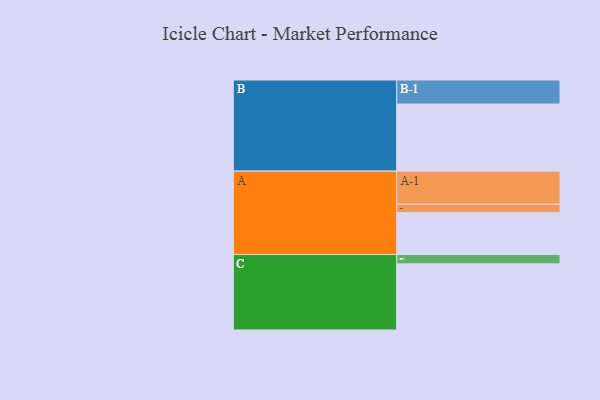
{"axis": {"x": "Segment", "y": "Value"}, "legend": ["", "A", "B", "C"], "data": [{"x": "A", "y": 348, "type": ""}, {"x": "B", "y": 556, "type": ""}, {"x": "C", "y": 548, "type": ""}, {"x": "A-1", "y": 274, "type": "A"}, {"x": "A-2", "y": 69, "type": "A"}, {"x": "B-1", "y": 199, "type": "B"}, {"x": "C-1", "y": 77, "type": "C"}]}